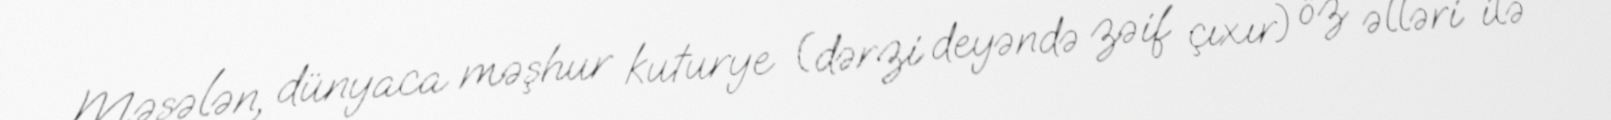
Məsələn, dünyaca məşhur kuturye (dərzi deyəndə zəif çıxır) öz əlləri ilə